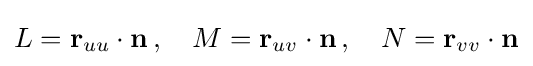
L=\mathbf {r} _{uu}\cdot \mathbf {n} \,,\quad M=\mathbf {r} _{uv}\cdot \mathbf {n} \,,\quad N=\mathbf {r} _{vv}\cdot \mathbf {n}